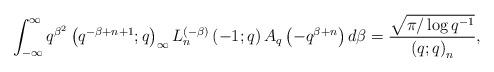
LaTeX: \begin{align*}\int_{-\infty}^{\infty}q^{\beta^{2}}\left(q^{-\beta+n+1};q\right)_{\infty}L_{n}^{(-\beta)}\left(-1;q\right)A_{q}\left(-q^{\beta+n}\right)d\beta=\frac{\sqrt{\pi/\log q^{-1}}}{\left(q;q\right)_{n}},\end{align*}